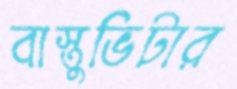
বাস্তুভিটার